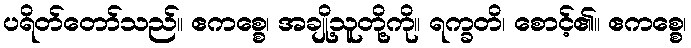
ပရိတ်တော်သည်။ ဧကစ္စေ၊ အချို့သူတို့ကို။ ရက္ခတိ၊ စောင့်၏။ ဧကစ္စေ၊